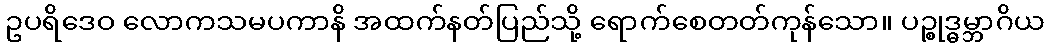
ဥပရိဒေဝ လောကသမပကာနိ အထက်နတ်ပြည်သို့ ရောက်စေတတ်ကုန်သော။ ပဉ္စုဒ္ဓမ္ဘာဂိယ